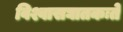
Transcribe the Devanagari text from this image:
विश्वासघातकःते